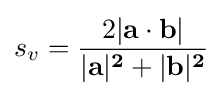
s_{v}={\frac {2|{\bf {{a}\cdot {\bf {{b}|}}}}}{|{\bf {{a}|^{2}+|{\bf {{b}|^{2}}}}}}}